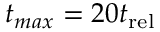
t _ { m a x } = 2 0 t _ { \mathrm { r e l } }